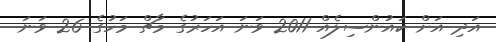
އަދި އަށް ކައުންސިލެއް 2011 ވަނަ އަހަރުގެ މާޗް މަހުގެ 26 ވަނަ